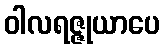
ဝါလရဇ္ဇုယာပေ